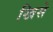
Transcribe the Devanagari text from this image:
खिसे